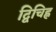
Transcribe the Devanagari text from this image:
द्विचिह्न